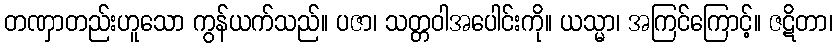
တဏှာတည်းဟူသော ကွန်ယက်သည်။ ပဇာ၊ သတ္တဝါအပေါင်းကို။ ယသ္မာ၊ အကြင်ကြောင့်။ ဇဋိတာ၊